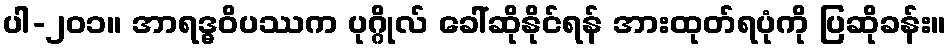
ပါ-၂၀၁။ အာရဒ္ဓဝိပဿက ပုဂ္ဂိုလ် ခေါ်ဆိုနိုင်ရန် အားထုတ်ရပုံကို ပြဆိုခန်း။